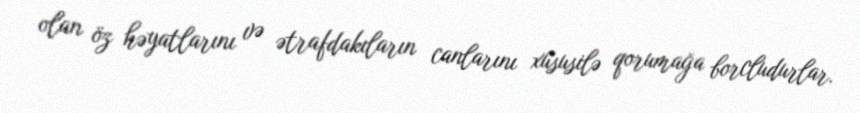
olan öz həyatlarını və ətrafdakıların canlarını xüsusilə qorumağa borcludurlar.